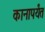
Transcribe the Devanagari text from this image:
कानापर्यंत